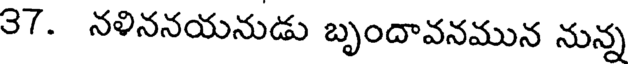
37. నళిననయనుడు బృందావనమున నున్న